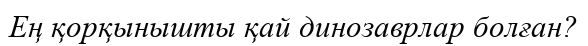
Ең қорқынышты қай динозаврлар болған?